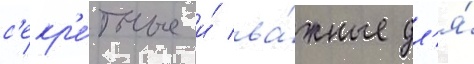
с'екр'е́тные и́ ва́жные дл'я́